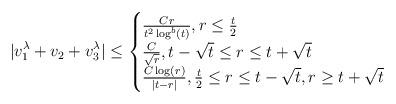
LaTeX: \begin{align*} |v_{1}^{\lambda}+v_{2}+v_{3}^{\lambda}| \leq \begin{cases} \frac{C r}{t^{2}\log^{b}(t)}, r \leq \frac{t}{2}\\\frac{C}{\sqrt{r}}, t-\sqrt{t} \leq r \leq t+\sqrt{t}\\\frac{C \log(r)}{|t-r|}, \frac{t}{2} \leq r \leq t-\sqrt{t}, r \geq t+\sqrt{t}\end{cases}\end{align*}